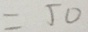
= 5 0